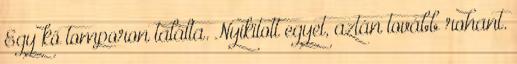
Egy kő tomporon találta. Nyikitott egyet, aztán tovább rohant.